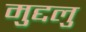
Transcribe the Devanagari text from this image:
मुद्दलु